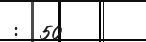
:  50